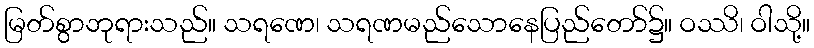
မြတ်စွာဘုရားသည်။ သရဏေ၊ သရဏမည်သောနေပြည်တော်၌။ ဝဿိ၊ ဝါသို့။